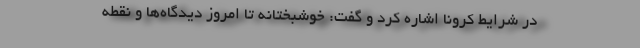
در شرایط کرونا اشاره کرد و گفت: خوشبختانه تا امروز دیدگاه‌ها و نقطه